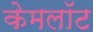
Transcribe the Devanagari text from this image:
केमलॉट